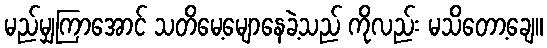
မည်မျှကြာအောင် သတိမေ့မျောနေခဲ့သည် ကိုလည်း မသိတော့ချေ။